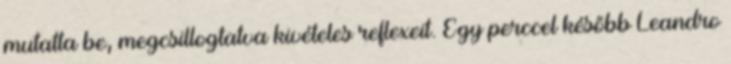
mutatta be, megcsillogtatva kivételes reflexeit. Egy perccel később Leandro